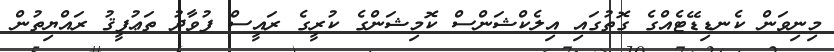
މިނިވަން ކެނޑިޑޭޓެއްގެ ގޮތުގައި އިލެކްޝަންސް ކޮމިޝަންގެ ކުރީގެ ރައީސް ފުވާދު ތަޢުފީޤު ރައްޔިތުން